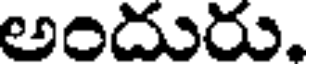
అందురు.